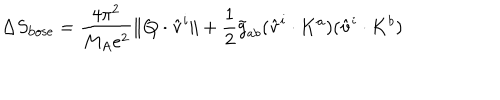
LaTeX: \Delta S _ { \mathrm { b o s e } } = \frac { 4 \pi ^ { 2 } } { M _ { A } e ^ { 2 } } \| { \bf Q } \cdot \hat { \bf v } ^ { i } \| + \frac { 1 } { 2 } \tilde { g } _ { a b } ( \hat { \bf v } ^ { i } \cdot { \bf K } ^ { a } ) ( \hat { \bf v } ^ { i } \cdot { \bf K } ^ { b } )